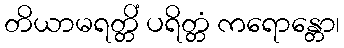
တိယာမရတ္တိံ ပရိတ္တံ ကရောန္တော၊